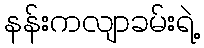
နန်းကလျာခမ်းရဲ့